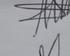
Signature authenticity: genuine